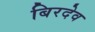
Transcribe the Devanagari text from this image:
बिरदेव